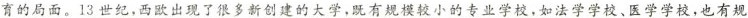
育的局面。13世纪，西欧出现了很多新创建的大学，既有规模较小的专业学校，如法学学校、医学学校，也有规